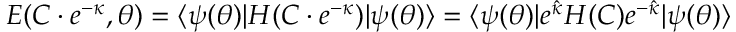
\begin{array} { r } { E ( C \cdot e ^ { - \kappa } , { \boldsymbol { \theta } } ) = \ensuremath { \langle { \psi ( { \boldsymbol { \theta } } ) } \rvert } H ( C \cdot e ^ { - \kappa } ) \ensuremath { \lvert { \psi ( { \boldsymbol { \theta } } ) } \rangle } = \ensuremath { \langle { \psi ( { \boldsymbol { \theta } } ) } \rvert } e ^ { \hat { \kappa } } H ( C ) e ^ { - \hat { \kappa } } \ensuremath { \lvert { \psi ( { \boldsymbol { \theta } } ) } \rangle } } \end{array}